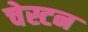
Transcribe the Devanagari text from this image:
चेस्टन